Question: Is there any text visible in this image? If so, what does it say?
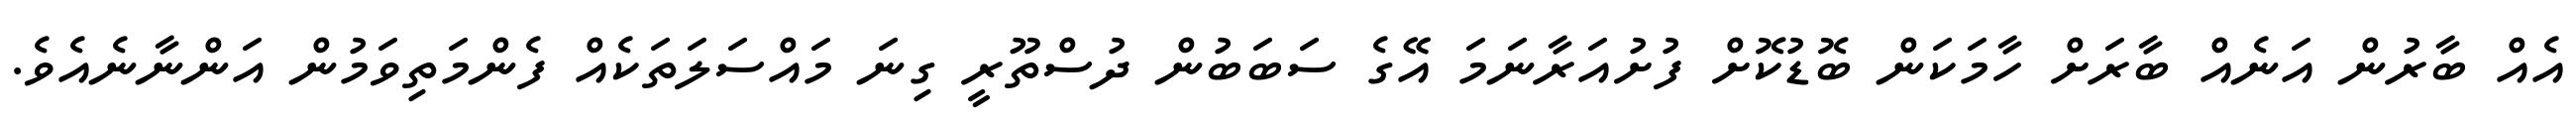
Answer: އެއް ބާރުން އަނެއް ބާރަށް ހާމަކަން ބޮޑުކޮށް ފުށުއަރާނަމަ އޭގެ ސަބަބުން ދުސްތޫރީ ގިނަ މައްސަލަތަކެއް ފެންމަތިވަމުން އަންނާނެއެވެ.